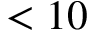
< 1 0